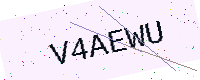
Text: V4AEWU